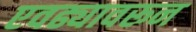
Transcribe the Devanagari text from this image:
एवढ्यावरून